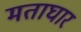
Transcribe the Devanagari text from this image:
मताघार